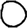
Digit: 0